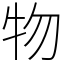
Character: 物